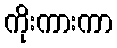
ကိုးကားကာ